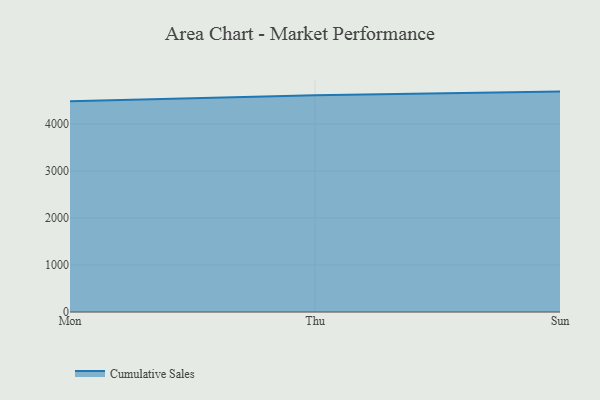
{"axis": {"x": "Day", "y": "Churn Rate (%)"}, "legend": ["Cumulative Sales"], "data": [{"x": "Mon", "y": 4481.7, "type": "Cumulative Sales"}, {"x": "Thu", "y": 4607.7, "type": "Cumulative Sales"}, {"x": "Sun", "y": 4687.3, "type": "Cumulative Sales"}]}